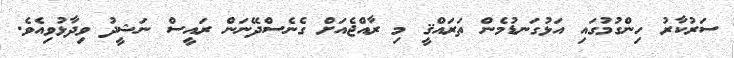
ސަރުކާރު ހިންގުމުގައި އަޅުގަނޑުމެން ތަރައްޤީ މި ރާއްޖެއަށް ގެނެސްދޭނަން ރައީސް ނަޝީދު ވިދާޅުވިއެވެ.